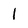
Character: 1